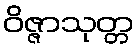
ဝိဇ္ဇာသုတ္တ